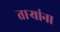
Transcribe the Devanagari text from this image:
तार्‍यांना